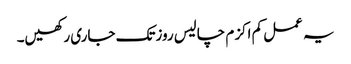
یہ عمل کم اکزم چالیس روزتک جاری رکھیں۔